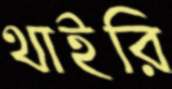
থাইরি